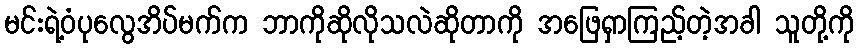
မင်းရဲ့ဝံပုလွေအိပ်မက်က ဘာကိုဆိုလိုသလဲဆိုတာကို အဖြေရှာကြည့်တဲ့အခါ သူတို့ကို